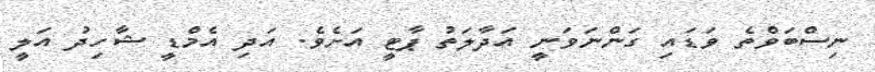
ނިސްބަވްތެ ވަޑައި ގަންނަވަނީ އަދާލަތު ޕާޓީ އަށެވެ. އަދި އެމްޑީ ޝާހިދު އަލީ